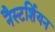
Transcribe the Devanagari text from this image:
नैस्टर्शियन